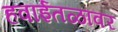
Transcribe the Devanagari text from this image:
हवाईतळावर